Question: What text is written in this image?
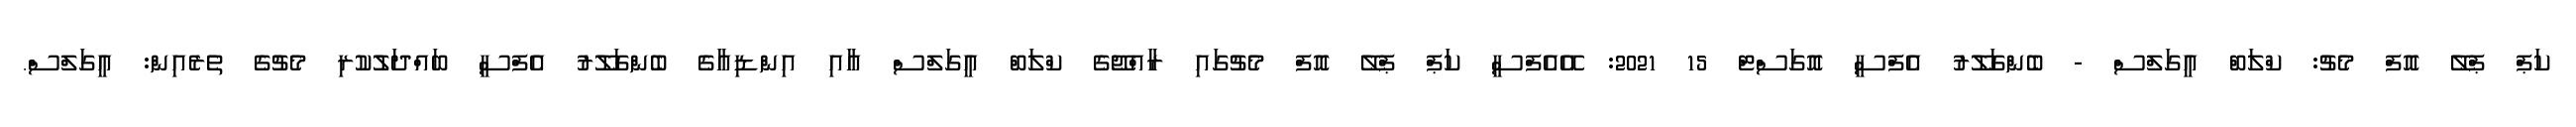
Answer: ކަޕް ޕްލޭ އޮފް މެޗު: ކްލަބް އީގަލްސް - ބެންގަލޫރު އެފްސީ އޮގަސްޓް 15 2021: އޭއެފްސީ ކަޕް ޕްލޭ އޮފް މެޗުގައި ރާއްޖޭގެ ކްލަބް އީގަލްސް އާއި އިންޑިއާގެ ބެންގަލޫރު އެފްސީ ބައްދަލުކުރި މެޗުގެ ތެރެއިން: އީގަލްސް.